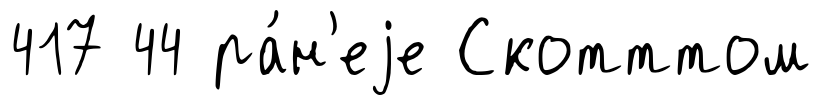
417 44 ра́н'еjе Скотттом